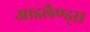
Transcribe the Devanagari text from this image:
आइलैण्ड्स